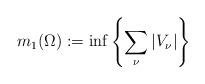
LaTeX: \begin{gather*} m_1(\Omega) := {\rm inf} \left\{\sum_\nu |V_\nu| \right\} \end{gather*}